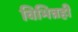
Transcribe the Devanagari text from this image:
विभिन्नही